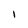
Character: 1